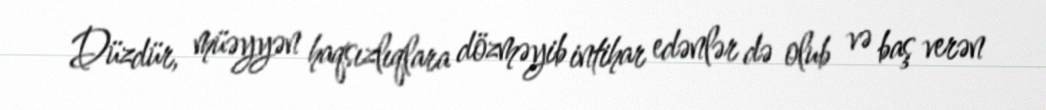
Düzdür, müəyyən haqsızlıqlara dözməyib intihar edənlər də olub və baş verən